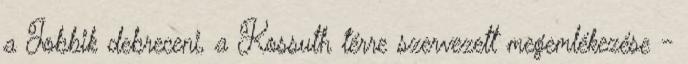
a Jobbik debreceni, a Kossuth térre szervezett megemlékezése -